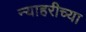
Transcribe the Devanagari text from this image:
न्याहरीच्या